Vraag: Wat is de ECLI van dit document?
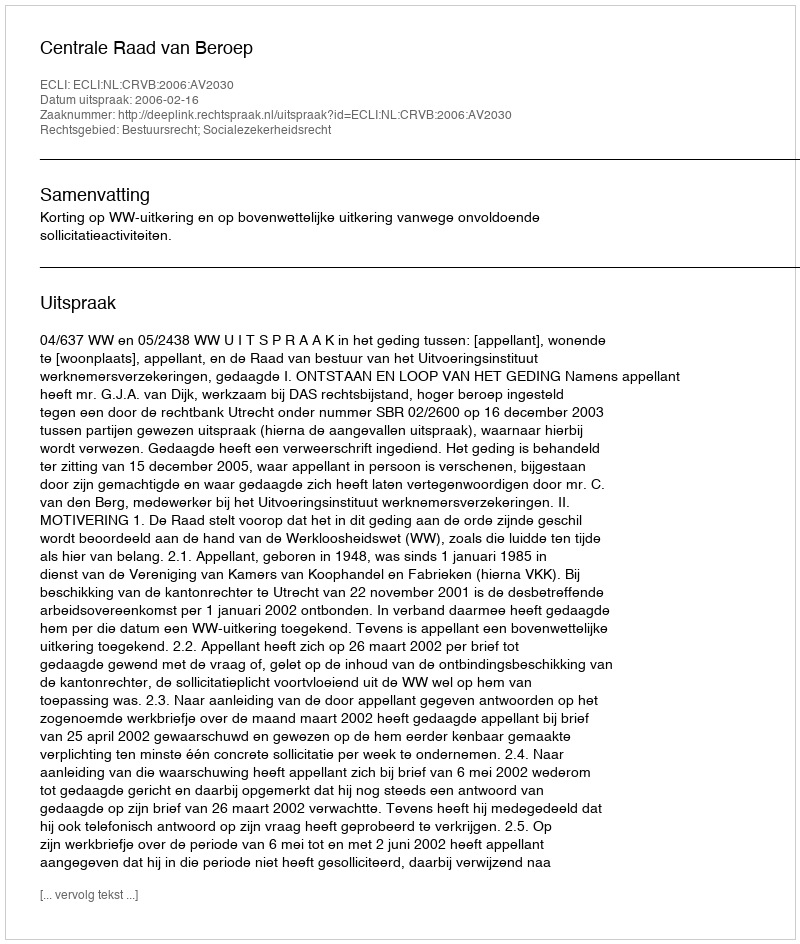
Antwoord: ECLI:NL:CRVB:2006:AV2030